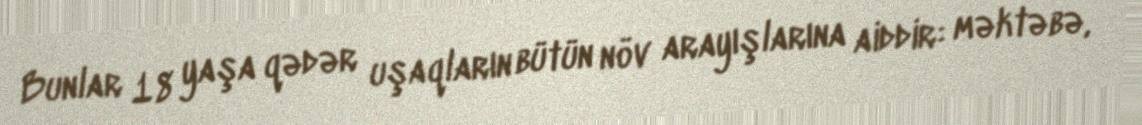
Bunlar 18 yaşa qədər uşaqların bütün növ arayışlarına aiddir: məktəbə,